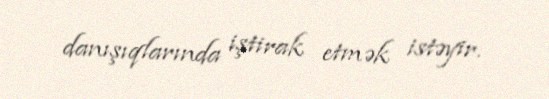
danışıqlarında iştirak etmək istəyir.